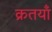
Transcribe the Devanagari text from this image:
क्रतयाँ